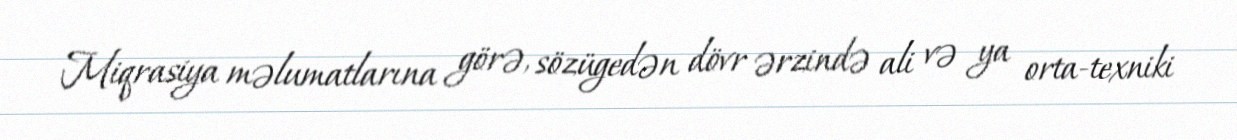
Miqrasiya məlumatlarına görə, sözügedən dövr ərzində ali və ya orta-texniki